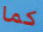
كما